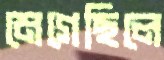
মেগেছিলে